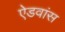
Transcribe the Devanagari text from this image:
ऐडवांस